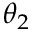
\theta _ { 2 }